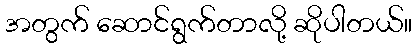
အတွက် ဆောင်ရွက်တာလို့ ဆိုပါတယ်။